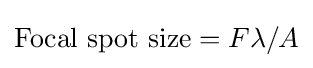
{\text{Focal spot size}}=F\lambda /A